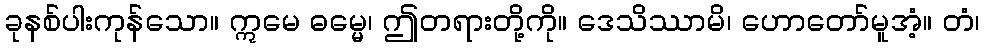
ခုနစ်ပါးကုန်သော။ ဣမေ ဓမ္မေ၊ ဤတရားတို့ကို။ ဒေသိဿာမိ၊ ဟောတော်မူအံ့။ တံ၊